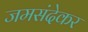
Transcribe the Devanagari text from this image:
जमसंदेकर